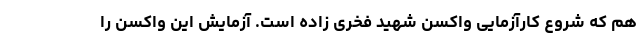
هم که شروع کارآزمایی واکسن شهید فخری زاده است. آزمایش این واکسن را